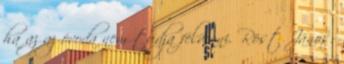
ha az az óvoda nem tudja felvenni. Röst János: